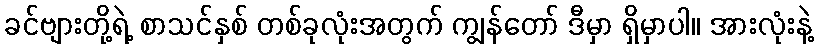
ခင်ဗျားတို့ရဲ့ စာသင်နှစ် တစ်ခုလုံးအတွက် ကျွန်တော် ဒီမှာ ရှိမှာပါ။ အားလုံးနဲ့